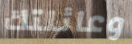
وعائلتك